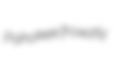
Pahokee frowzily